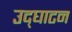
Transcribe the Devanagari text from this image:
उद्‌घाटन